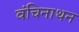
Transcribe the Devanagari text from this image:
वंचिनाथन